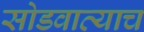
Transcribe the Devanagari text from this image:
सोडवाव्याच